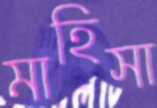
মাহিসা